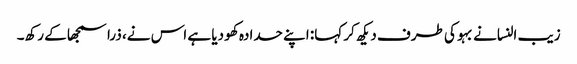
زیب النسانے بہو کی طرف دیکھ کر کہا: اپنے حدادہ کھو دیا ہے اس نے، ذرا سمجھا کے رکھ۔